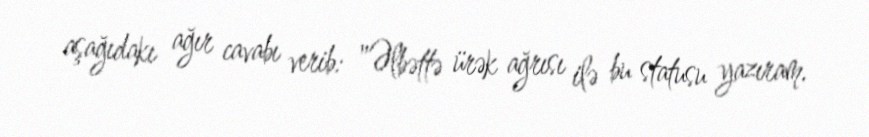
aşağıdakı ağır cavabı verib: "Əlbəttə ürək ağrısı ilə bu statusu yazıram.